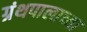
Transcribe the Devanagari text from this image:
ग्रंथपालाच्या